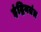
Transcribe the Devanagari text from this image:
इंद्रियतंत्र